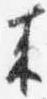
来